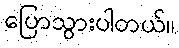
ပြောသွားပါတယ်။